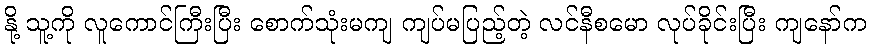
နို့ သူ့ကို လူကောင်ကြီးပြီး စောက်သုံးမကျ ကျပ်မပြည့်တဲ့ လင်နီစမော လုပ်ခိုင်းပြီး ကျနော်က